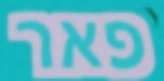
פאר